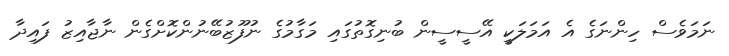
ނަމަވެސް ހިންނަގެ އެ އަމަލަކީ އޭސީސީން ބުނިގޮތުގައި މަގާމުގެ ނުފޫޒުބޭނުންކޮށްގެން ނާޖާއިޒު ފައިދާ